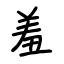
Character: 羞